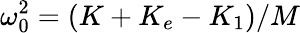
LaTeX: \omega_{0}^{2}=(K+K_{e}-K_{1})/M